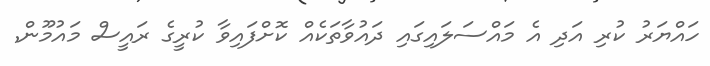
ހައްޔަރު ކުރި އަދި އެ މައްސަލައިގައި ދައުވާާތަކެއް ކޮށްފައިވާ ކުރީގެ ރައީސް މައުމޫން